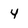
Character: 4